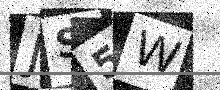
Text: JS5W